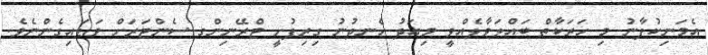
އެމަނިކުފާނު މި ހަރަކާތް ބައްލަވާލެއްވީ މިއަދު ހެނދުނު ގިރިފުށީ ޓްރޭނިންގ ސެންޓަރަށް ވަޑައިގެންނެވެ.